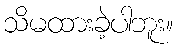
သိမထားခဲ့ပါဘူး။